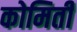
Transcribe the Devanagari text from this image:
कोमिती